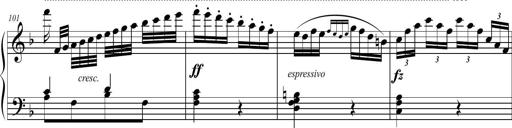
Title: 2 Sonatines faciles et brillantes pour le piano-forte seul
Composer: Carl Czerny